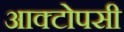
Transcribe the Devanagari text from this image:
आक्टोपसी